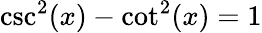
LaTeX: \csc^{2}(x)-\cot^{2}(x)=1